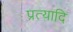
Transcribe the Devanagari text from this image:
प्रत्यादि